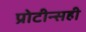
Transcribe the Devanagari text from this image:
प्रोटीन्सही